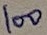
Text: 100